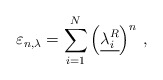
\begin{align*}\varepsilon_{n,\lambda} = \sum_{i=1}^N \left(\underline{ \lambda_i^R }\right)^n \, ,\end{align*}